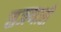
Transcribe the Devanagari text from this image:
सजणारी